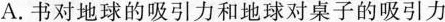
A.书对地球的吸引力和地球对桌子的吸引力